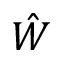
\hat { W }